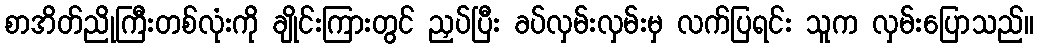
စာအိတ်ညိုကြီးတစ်လုံးကို ချိုင်းကြားတွင် ညှပ်ပြီး ခပ်လှမ်းလှမ်းမှ လက်ပြရင်း သူက လှမ်းပြောသည်။